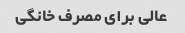
عالی برای مصرف خانگی